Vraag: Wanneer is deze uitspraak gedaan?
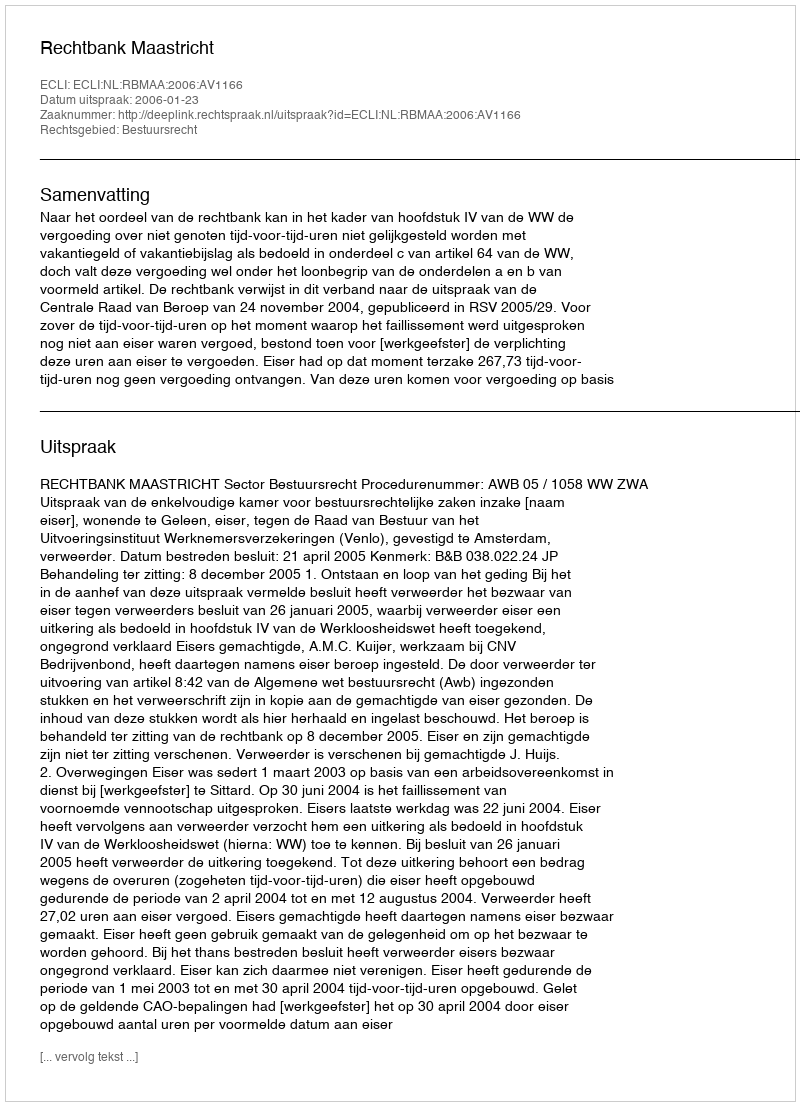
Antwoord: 2006-01-23